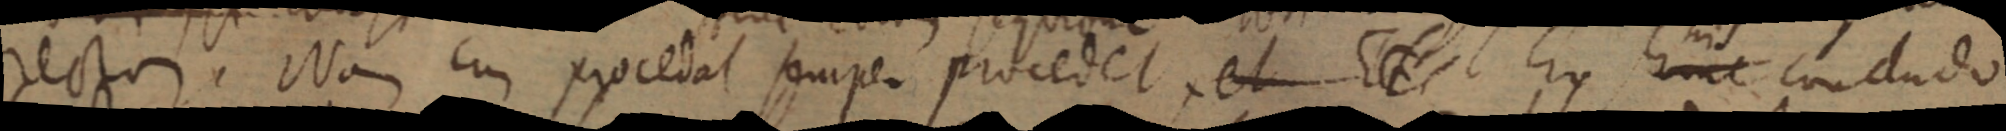
rectam. Nam cum procedat semper procedet et Et _ hinc concludo